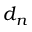
d _ { n }